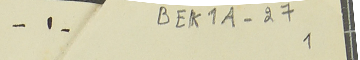
-١- BEK1A-27 1